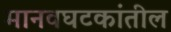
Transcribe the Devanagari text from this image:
मानवघटकांतील